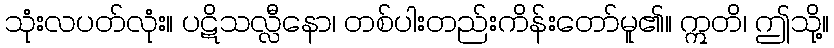
သုံးလပတ်လုံး။ ပဋိသလ္လီနော၊ တစ်ပါးတည်းကိန်းတော်မူ၏။ ဣတိ၊ ဤသို့။